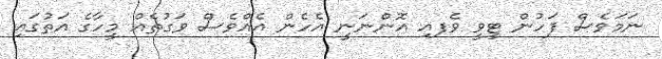
ނަމަވެސް ފަހުން ޓީވީ ވެފއި އޮންނަނީ އެހެން އެއްވެސް ވަގުތެއް މީހާގެ އަތުގައި